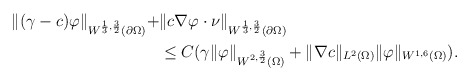
\begin{align*}\begin{aligned} \| (\gamma-c) \varphi \|_{W^{\frac{1}{3},\frac{3}{2}}(\partial\Omega)} +&\| c\nabla\varphi \cdot \nu \|_{W^{\frac{1}{3},\frac{3}{2}}(\partial\Omega)} \\&\le C(\gamma\|\varphi\|_{W^{2,\frac{3}{2}}(\Omega)}+\|\nabla c\|_{L^{2}(\Omega)}\|\varphi\|_{W^{1,6}(\Omega)}).\end{aligned}\end{align*}